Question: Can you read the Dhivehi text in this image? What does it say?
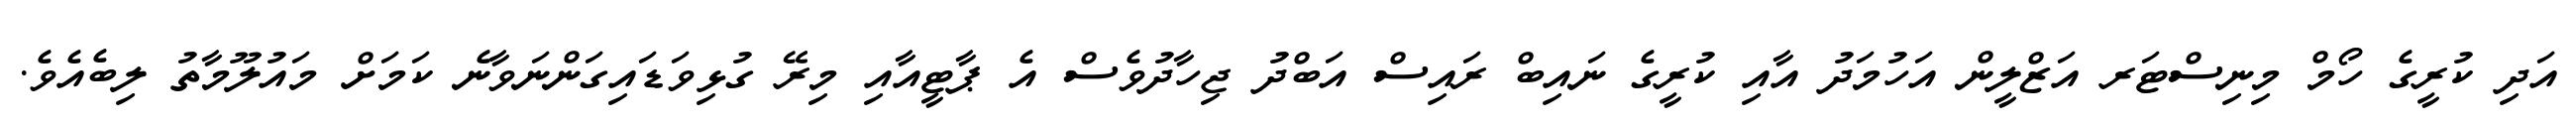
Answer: އަދި ކުރީގެ ހޯމް މިނިސްޓަރ އަޒްލީން އަހުމަދު އާއި ކުރީގެ ނައިބް ރައިސް އަބްދު ޖިހާދުވެސް އެ ޕާޓީއާއި މިރޭ ގުޅިވަޑައިގަންނަވާނެ ކަމަށް މައުލޫމާތު ލިބެއެވެ.